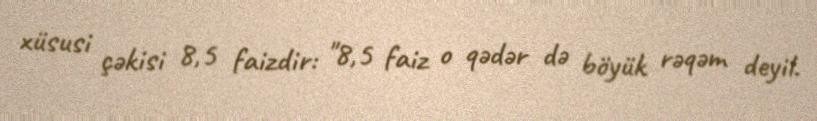
xüsusi çəkisi 8,5 faizdir: "8,5 faiz o qədər də böyük rəqəm deyil.